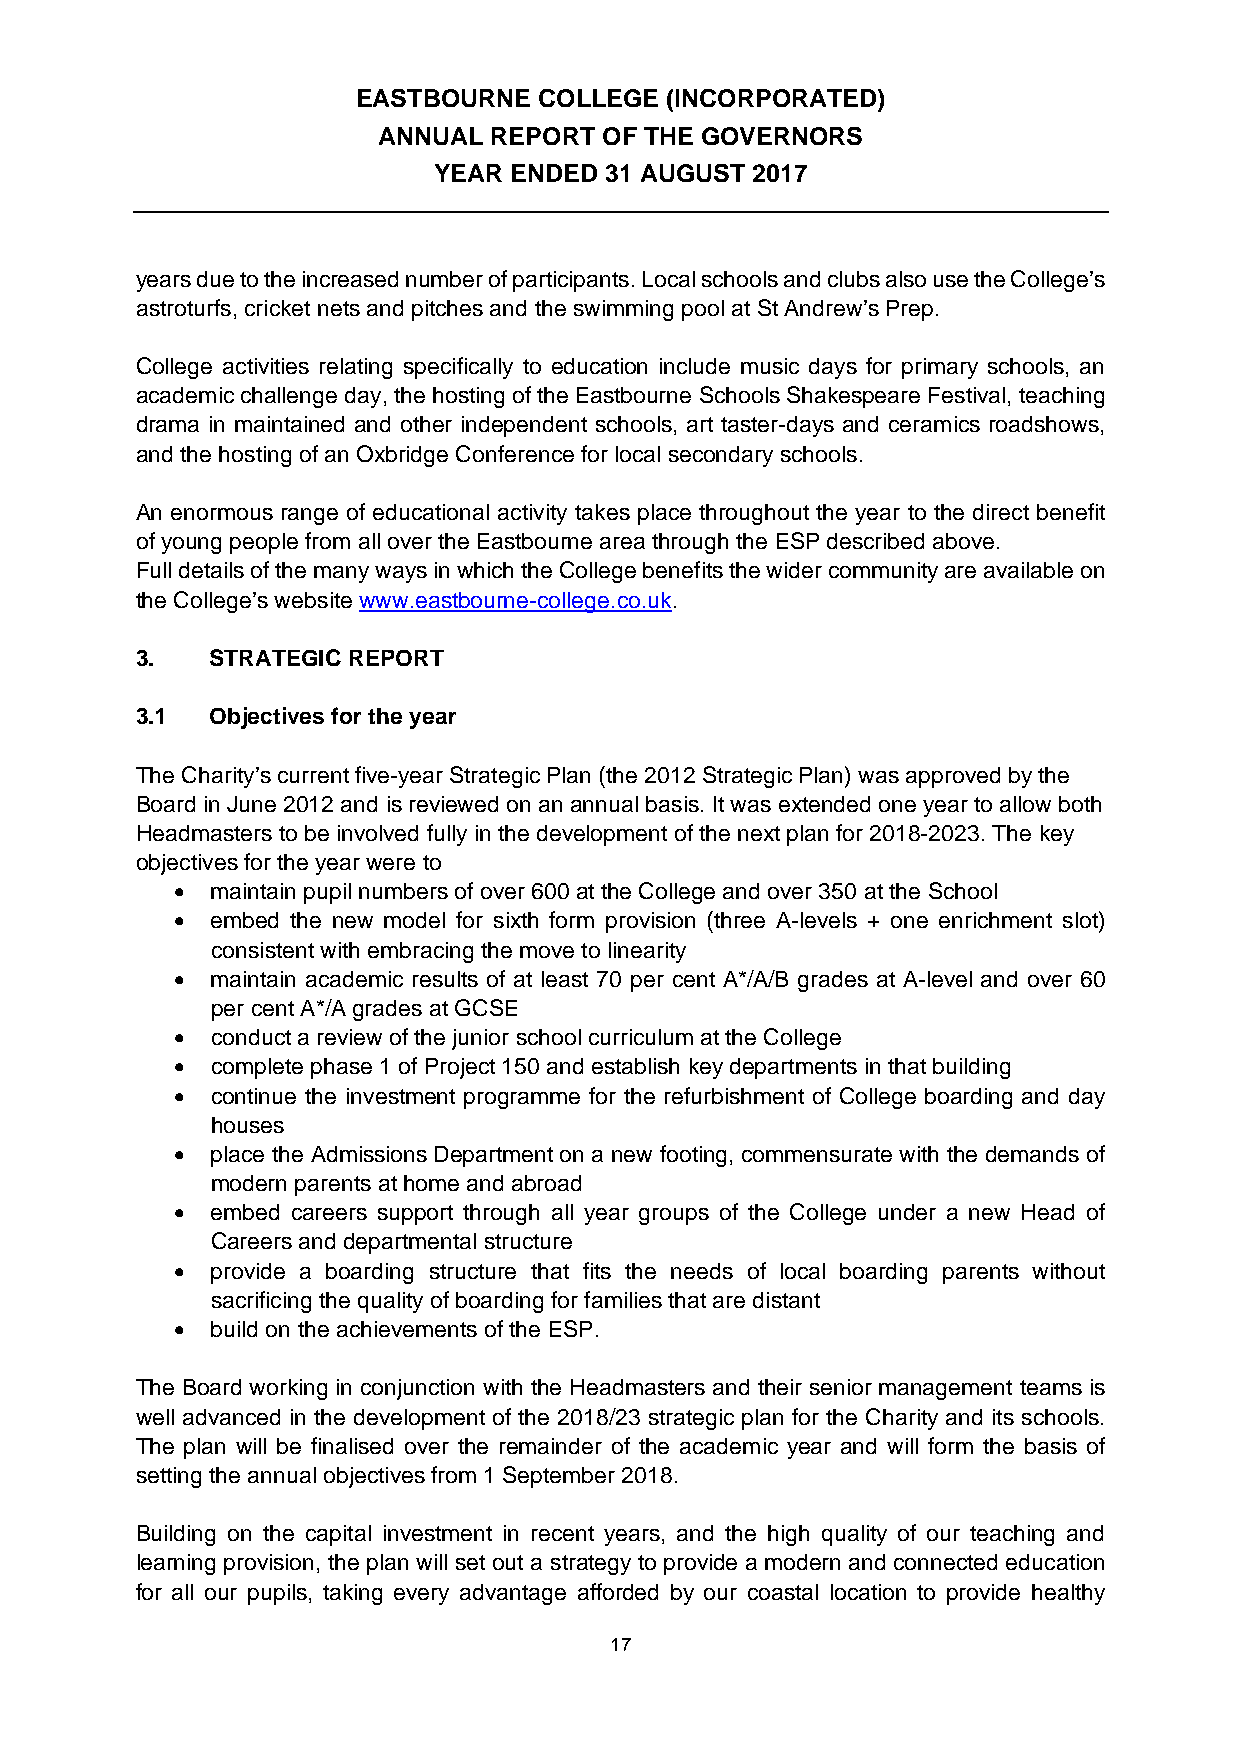
EASTBOURNE  COLLEGE (INCORPORATED)
 ANNUAL REPORT  OF THE GOVERNORS
 YEAR ENDED 31 AUGUST 2017
 years due to the increased number of participants. Local schools and clubs also use the College’s
 astroturfs, cricket nets and pitches and the swimming pool at St Andrew’s Prep.
 College activities relating specifically to education include music days for primary schools, an
 academic challenge day, the hosting of the Eastbourne Schools Shakespeare Festival, teaching
 drama in maintained and other independent schools, art taster-days and ceramics roadshows,
 and the hosting of an Oxbridge Conference for local secondary schools.
 An enormous range of educational activity takes place throughout the year to the direct benefit
 of young people from all over the Eastbourne area through the ESP described above.
 Full details of the many ways in which the College benefits the wider community are available on
 the College’s website www.eastbourne-college.co.uk.
 3.   STRATEGIC REPORT
 3.1  Objectives for the year
 The Charity’s current five-year Strategic Plan (the 2012 Strategic Plan) was approved by the
 Board in June 2012 and is reviewed on an annual basis. It was extended one year to allow both
 Headmasters to be involved fully in the development of the next plan for 2018-2023. The key
 objectives for the year were to
   maintain pupil numbers of over 600 at the College and over 350 at the School
   embed the new model for sixth form provision (three A-levels + one enrichment slot)
 consistent with embracing the move to linearity
   maintain academic results of at least 70 per cent A*/A/B grades at A-level and over 60
 per cent A*/A grades at GCSE
   conduct a review of the junior school curriculum at the College
   complete phase 1 of Project 150 and establish key departments in that building
   continue the investment programme for the refurbishment of College boarding and day
 houses
   place the Admissions Department on a new footing, commensurate with the demands of
 modern parents at home and abroad
   embed careers support through all year groups of the College under a new Head of
 Careers and departmental structure
   provide a boarding structure that fits the needs of local boarding parents without
 sacrificing the quality of boarding for families that are distant
   build on the achievements of the ESP.
 The Board working in conjunction with the Headmasters and their senior management teams is
 well advanced in the development of the 2018/23 strategic plan for the Charity and its schools.
 The plan will be finalised over the remainder of the academic year and will form the basis of
 setting the annual objectives from 1 September 2018.
 Building on the capital investment in recent years, and the high quality of our teaching and
 learning provision, the plan will set out a strategy to provide a modern and connected education
 for all our pupils, taking every advantage afforded by our coastal location to provide healthy
 17